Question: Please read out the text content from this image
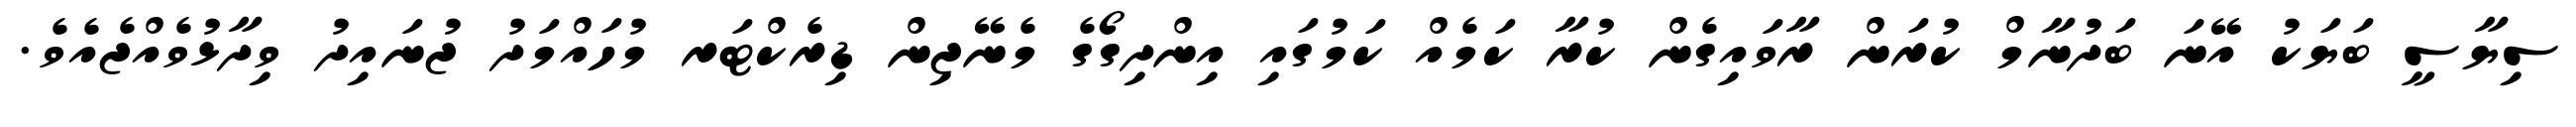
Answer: ސިޔާސީ ބަޔަކު އޭނަ ބަދުނާމް ކުރަން ރާވައިގެން ކުރާ ކަމެއް ކަމުގައި އިންދިގޯގެ މެނޭޖިން ޑިރެކްޓަރ މުހައްމަދު ޖުނައިދު ވިދާޅުވެއްޖެއެވެ.